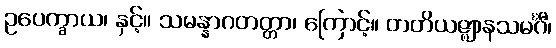
ဥပေက္ခာယ၊ နှင့်။ သမန္နာဂတတ္တာ၊ ကြောင့်။ တတိယဇ္ဈာနသမင်္ဂီ၊